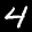
Label: 4